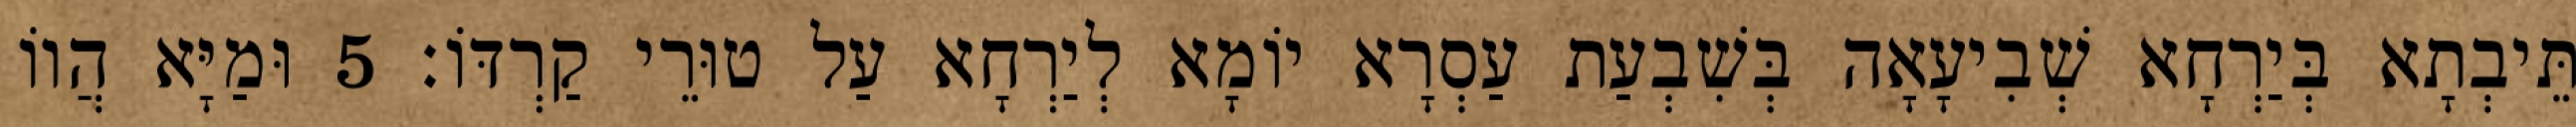
תֵּיבְתָא בְּיַרְחָא שְׁבִיעָאָה בְּשִׁבְעַת עַסְרָא יוֹמָא לְיַרְחָא עַל טוּרֵי קַרְדּוֹ׃ 5 וּמַיָּא הֲווֹ